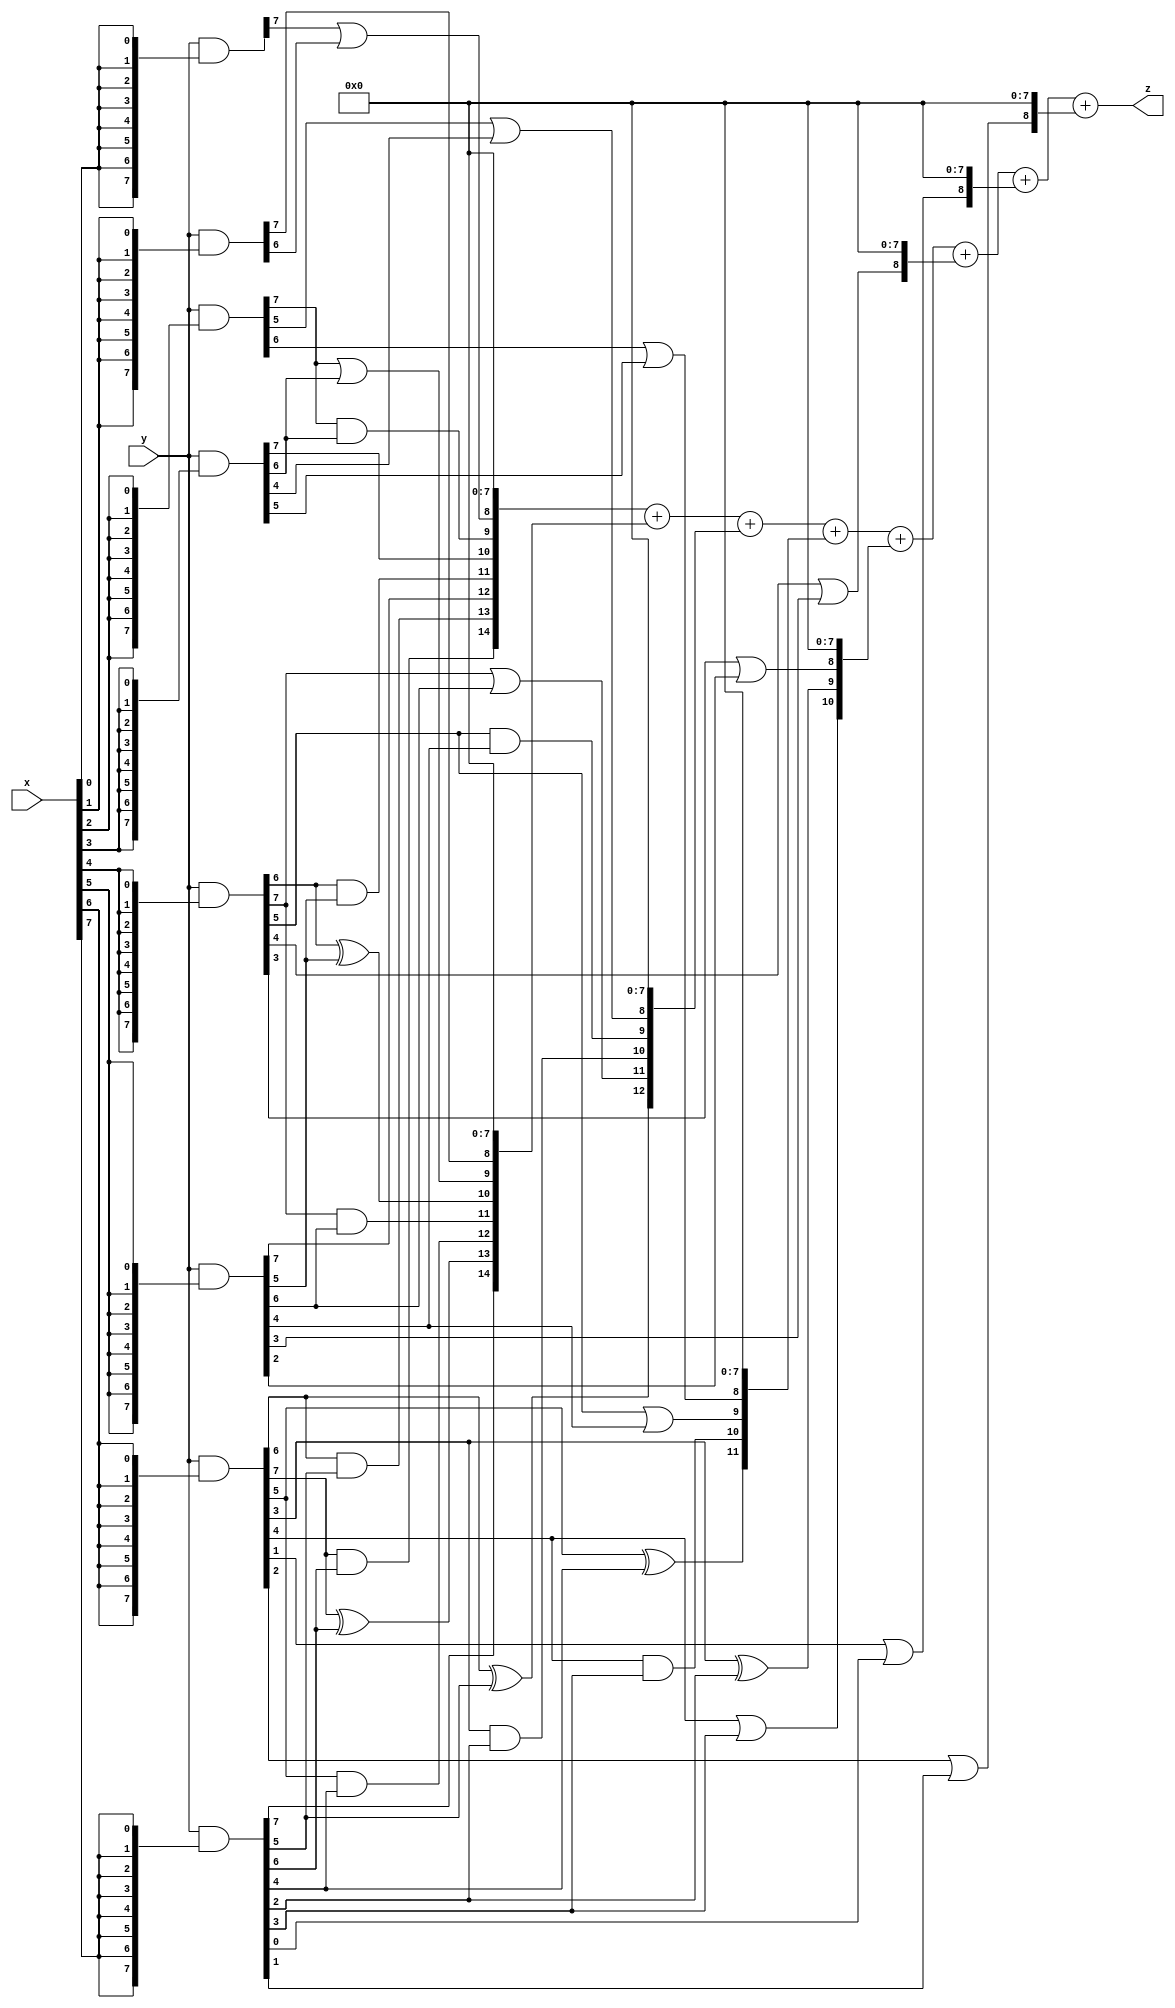
// terms: 29
// fval:  328374.25

module unsigned_8x8_l8_lamb10000_5 (
	input [7:0] x,
	input [7:0] y,
	output [15:0] z
);


wire [7:0] part1 =  y & {8{x[0]}};
wire [7:0] part2 =  y & {8{x[1]}};
wire [7:0] part3 =  y & {8{x[2]}};
wire [7:0] part4 =  y & {8{x[3]}};
wire [7:0] part5 =  y & {8{x[4]}};
wire [7:0] part6 =  y & {8{x[5]}};
wire [7:0] part7 =  y & {8{x[6]}};
wire [7:0] part8 =  y & {8{x[7]}};

wire [14:0] new_part1;
assign new_part1[0] = 0;
assign new_part1[1] = 0;
assign new_part1[2] = 0;
assign new_part1[3] = 0;
assign new_part1[4] = 0;
assign new_part1[5] = 0;
assign new_part1[6] = 0;
assign new_part1[7] = 0;
assign new_part1[8] = part1[7] | part2[6];
assign new_part1[9] = part3[7] & part4[6];
assign new_part1[10] = part4[7];
assign new_part1[11] = part5[6] & part6[5];
assign new_part1[12] = part6[7];
assign new_part1[13] = part7[6] & part8[5];
assign new_part1[14] = part7[7] & part8[6];

wire [14:0] new_part2;
assign new_part2[0] = 0;
assign new_part2[1] = 0;
assign new_part2[2] = 0;
assign new_part2[3] = 0;
assign new_part2[4] = 0;
assign new_part2[5] = 0;
assign new_part2[6] = 0;
assign new_part2[7] = 0;
assign new_part2[8] = part2[7];
assign new_part2[9] = part3[7] | part4[6];
assign new_part2[10] = part5[6] ^ part6[5];
assign new_part2[11] = part5[7] & part6[6];
assign new_part2[12] = part7[5] & part8[4];
assign new_part2[13] = part7[7] ^ part8[6];
assign new_part2[14] = part8[7];

wire [12:0] new_part3;
assign new_part3[0] = 0;
assign new_part3[1] = 0;
assign new_part3[2] = 0;
assign new_part3[3] = 0;
assign new_part3[4] = 0;
assign new_part3[5] = 0;
assign new_part3[6] = 0;
assign new_part3[7] = 0;
assign new_part3[8] = part3[5] | part4[4];
assign new_part3[9] = part5[5] & part6[4];
assign new_part3[10] = part7[3] & part8[2];
assign new_part3[11] = part5[7] | part6[6];
assign new_part3[12] = part7[6] ^ part8[5];

wire [11:0] new_part4;
assign new_part4[0] = 0;
assign new_part4[1] = 0;
assign new_part4[2] = 0;
assign new_part4[3] = 0;
assign new_part4[4] = 0;
assign new_part4[5] = 0;
assign new_part4[6] = 0;
assign new_part4[7] = 0;
assign new_part4[8] = part3[6] | part4[5];
assign new_part4[9] = part5[5] | part6[4];
assign new_part4[10] = part7[4] & part8[3];
assign new_part4[11] = part7[5] ^ part8[4];

wire [10:0] new_part5;
assign new_part5[0] = 0;
assign new_part5[1] = 0;
assign new_part5[2] = 0;
assign new_part5[3] = 0;
assign new_part5[4] = 0;
assign new_part5[5] = 0;
assign new_part5[6] = 0;
assign new_part5[7] = 0;
assign new_part5[8] = part5[3] | part6[2];
assign new_part5[9] = part7[3] ^ part8[2];
assign new_part5[10] = part7[4] | part8[3];

wire [8:0] new_part6;
assign new_part6[0] = 0;
assign new_part6[1] = 0;
assign new_part6[2] = 0;
assign new_part6[3] = 0;
assign new_part6[4] = 0;
assign new_part6[5] = 0;
assign new_part6[6] = 0;
assign new_part6[7] = 0;
assign new_part6[8] = part5[4] | part6[3];

wire [8:0] new_part7;
assign new_part7[0] = 0;
assign new_part7[1] = 0;
assign new_part7[2] = 0;
assign new_part7[3] = 0;
assign new_part7[4] = 0;
assign new_part7[5] = 0;
assign new_part7[6] = 0;
assign new_part7[7] = 0;
assign new_part7[8] = part7[1] | part8[0];

wire [8:0] new_part8;
assign new_part8[0] = 0;
assign new_part8[1] = 0;
assign new_part8[2] = 0;
assign new_part8[3] = 0;
assign new_part8[4] = 0;
assign new_part8[5] = 0;
assign new_part8[6] = 0;
assign new_part8[7] = 0;
assign new_part8[8] = part7[2] | part8[1];

assign z = new_part1 + new_part2 + new_part3 + new_part4 + new_part5 + new_part6 + new_part7 + new_part8;
endmodule